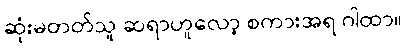
ဆုံးမတတ်သူ ဆရာဟူလော့ စကားအရ ဂါထာ။